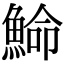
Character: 𩸍